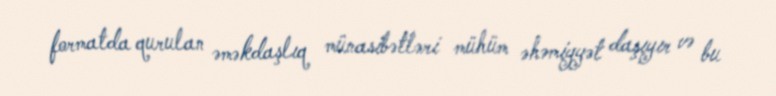
formatda qurulan əməkdaşlıq münasibətləri mühüm əhəmiyyət daşıyır və bu